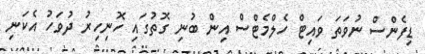
ޑިފެންސް ނުވަތަ ވައިޓް ހެލްމެޓްސް އިން ބުނި ގޮތުގައި ހޮނިހިރު ދުވަހު އެކަނި